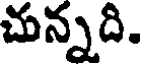
చున్నది.